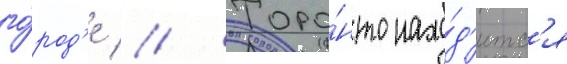
го́род'е // Торо́нто нахо́д'итс'я